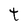
Character: t